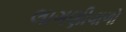
લાગણીવાળો